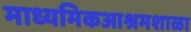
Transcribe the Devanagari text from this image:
माध्यमिकआश्रमशाळा